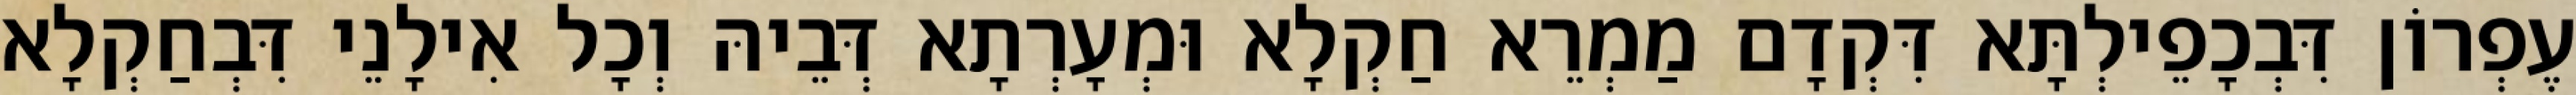
עֶפְרוֹן דִּבְכָפֵילְתָּא דִּקְדָם מַמְרֵא חַקְלָא וּמְעָרְתָא דְּבֵיהּ וְכָל אִילָנֵי דִּבְחַקְלָא